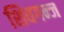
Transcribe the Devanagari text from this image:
शिवगन्ज